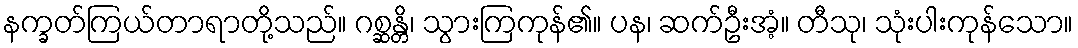
နက္ခတ်ကြယ်တာရာတို့သည်။ ဂစ္ဆန္တိ၊ သွားကြကုန်၏။ ပန၊ ဆက်ဦးအံ့။ တီသု၊ သုံးပါးကုန်သော။